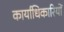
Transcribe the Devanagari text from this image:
कार्याधिकारियों